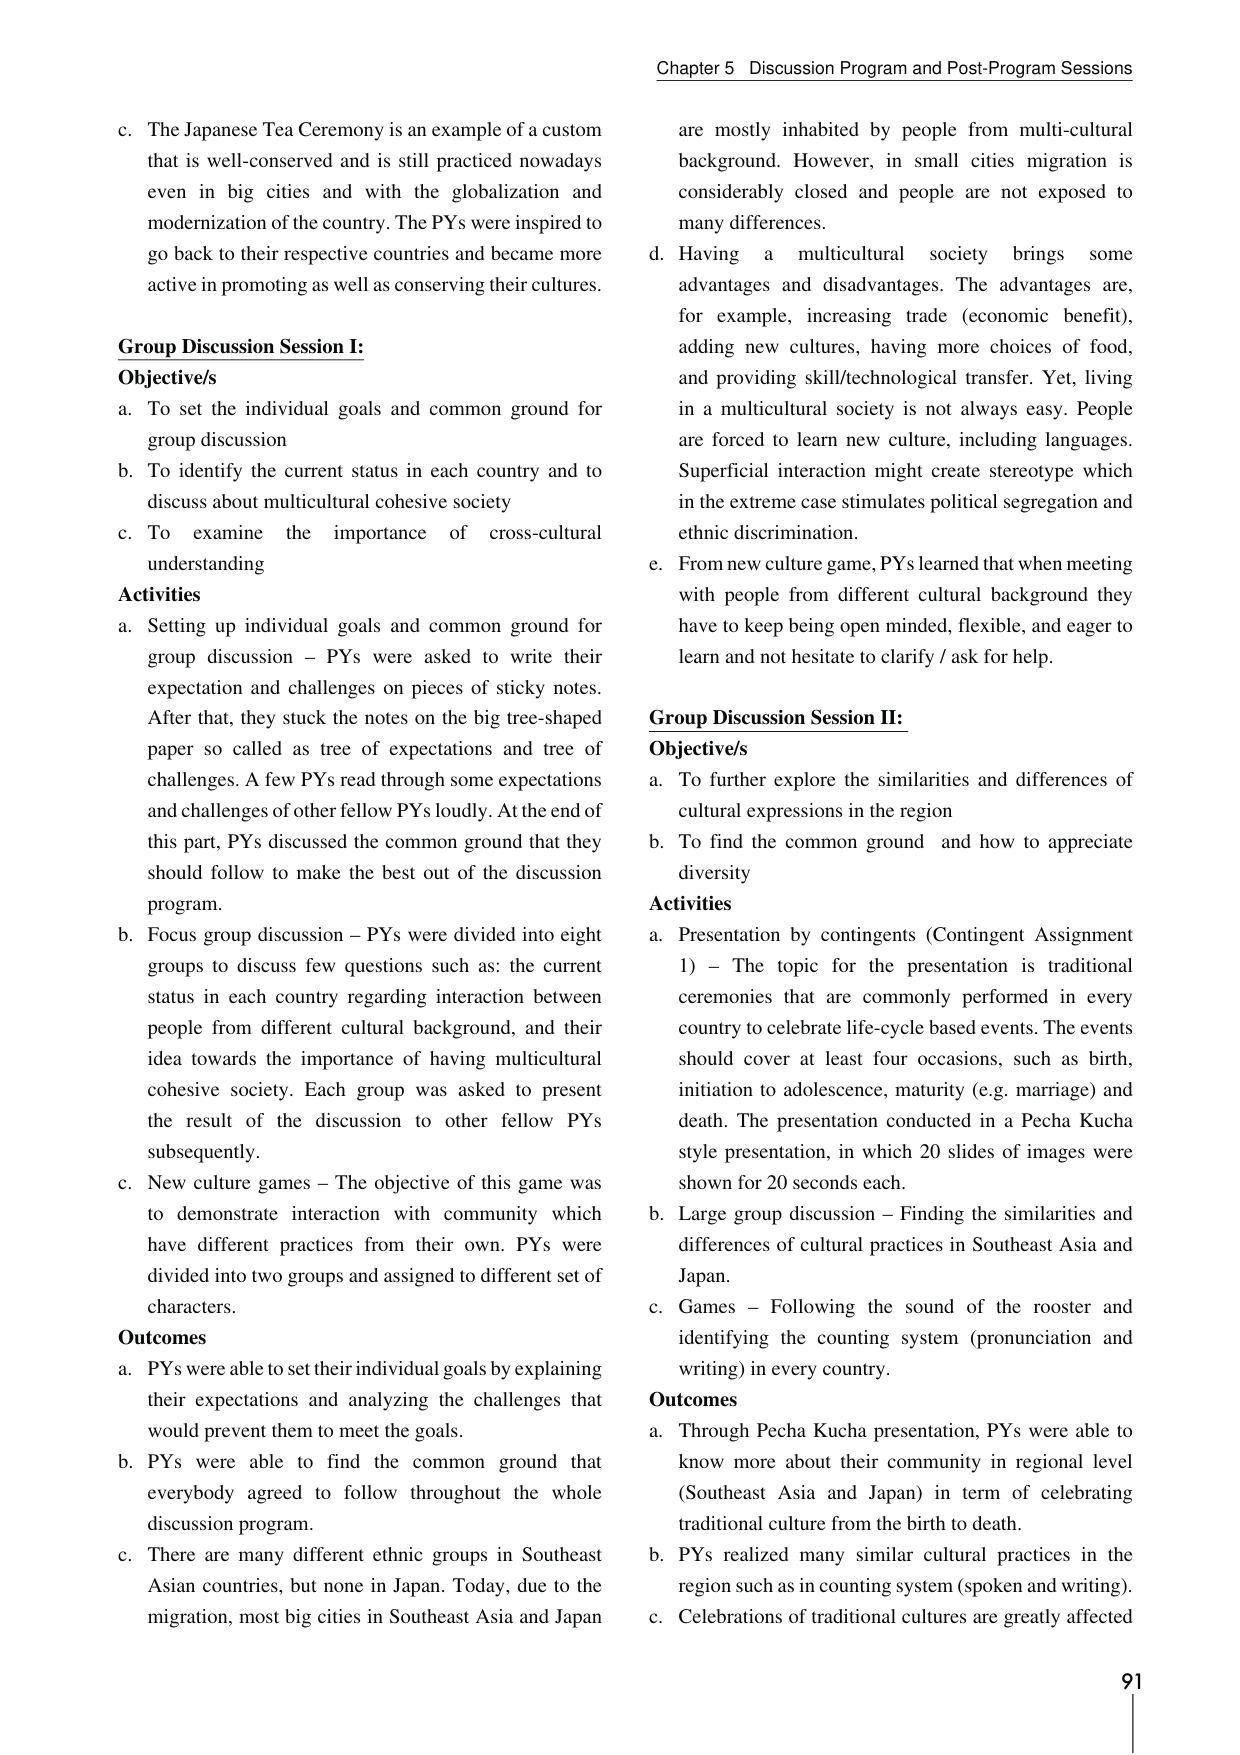
Chapter 5 Discussion Program and Post-Program Sessions

c. The Japanese Tea Ceremony is an example of a custom that is well-conserved and is still practiced nowadays even in big cities and with the globalization and modernization of the country. The PYs were inspired to go back to their respective countries and became more active in promoting as well as conserving their cultures.

Group Discussion Session I:
Objective/s
a. To set the individual goals and common ground for group discussion
b. To identify the current status in each country and to discuss about multicultural cohesive society
c. To examine the importance of cross-cultural understanding

Activities
a. Setting up individual goals and common ground for group discussion – PYs were asked to write their expectation and challenges on pieces of sticky notes. After that, they stuck the notes on the big tree-shaped paper so called as tree of expectations and tree of challenges. A few PYs read through some expectations and challenges of other fellow PYs loudly. At the end of this part, PYs discussed the common ground that they should follow to make the best out of the discussion program.
b. Focus group discussion – PYs were divided into eight groups to discuss few questions such as: the current status in each country regarding interaction between people from different cultural background, and their idea towards the importance of having multicultural cohesive society. Each group was asked to present the result of the discussion to other fellow PYs subsequently.
c. New culture games – The objective of this game was to demonstrate interaction with community which have different practices from their own. PYs were divided into two groups and assigned to different set of characters.

Outcomes
a. PYs were able to set their individual goals by explaining their expectations and analyzing the challenges that would prevent them to meet the goals.
b. PYs were able to find the common ground that everybody agreed to follow throughout the whole discussion program.
c. There are many different ethnic groups in Southeast Asian countries, but none in Japan. Today, due to the migration, most big cities in Southeast Asia and Japan are mostly inhabited by people from multi-cultural background. However, in small cities migration is considerably closed and people are not exposed to many differences.

d. Having a multicultural society brings some advantages and disadvantages. The advantages are, for example, increasing trade (economic benefit), adding new cultures, having more choices of food, and providing skill/technological transfer. Yet, living in a multicultural society is not always easy. People are forced to learn new culture, including languages. Superficial interaction might create stereotype which in the extreme case stimulates political segregation and ethnic discrimination.

e. From new culture game, PYs learned that when meeting with people from different cultural background they have to keep being open minded, flexible, and eager to learn and not hesitate to clarify / ask for help.

Group Discussion Session II:
Objective/s
a. To further explore the similarities and differences of cultural expressions in the region
b. To find the common ground and how to appreciate diversity

Activities
a. Presentation by contingents (Contingent Assignment 1) – The topic for the presentation is traditional ceremonies that are commonly performed in every country to celebrate life-cycle based events. The events should cover at least four occasions, such as birth, initiation to adolescence, maturity (e.g. marriage) and death. The presentation conducted in a Pecha Kucha style presentation, in which 20 slides of images were shown for 20 seconds each.
b. Large group discussion – Finding the similarities and differences of cultural practices in Southeast Asia and Japan.
c. Games – Following the sound of the rooster and identifying the counting system (pronunciation and writing) in every country.

Outcomes
a. Through Pecha Kucha presentation, PYs were able to know more about their community in regional level (Southeast Asia and Japan) in term of celebrating traditional culture from the birth to death.
b. PYs realized many similar cultural practices in the region such as in counting system (spoken and writing).
c. Celebrations of traditional cultures are greatly affected

91